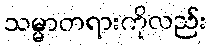
သမ္မာတရားကိုလည်း